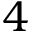
4